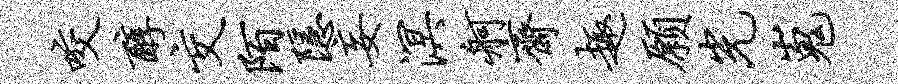
咬醇交陌隐妄溟舸斋趣愿光嵬